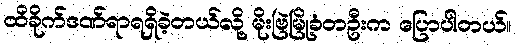
ထိခိုက်ဒဏ်ရာရရှိခဲ့တယ်လို့ မိုးဗြဲမြို့ခံတဦးက ပြောပါတယ်။